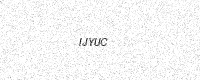
Text: IJYUC